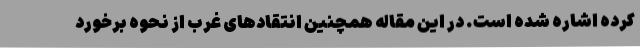
کرده اشاره شده است. در این مقاله همچنین انتقادهای غرب از نحوه برخورد